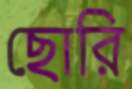
ছোরি